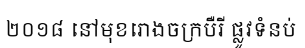
២០១៨ នៅមុខរោងចក្របឺរី ផ្លូវទំនប់